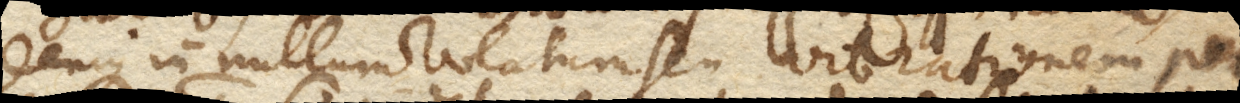
denique in nullum volatum seu vibrationem per–